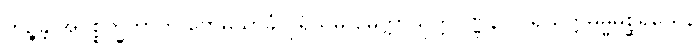
ဘုဉ္ဇိန္တိ အပစ္စက္ခိတွာတိ ဗောဓိသာခံ ပုရိသမှိ မေတ္တာသုတ္တဝဏ္ဏနာ ပရိယတ္တိဓမ္မမစ္ဆရိယေန